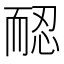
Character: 𦓖